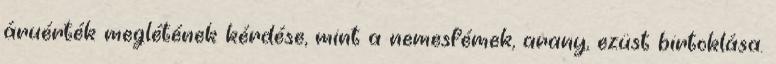
áruérték meglétének kérdése, mint a nemesfémek, arany, ezüst birtoklása.